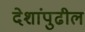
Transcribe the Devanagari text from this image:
देशांपुढील